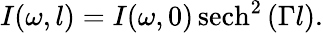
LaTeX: I(\omega,l)=I(\omega,0)\operatorname{sech}^{2}{(\Gamma l)}.